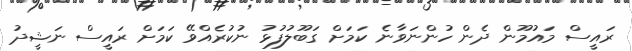
ރައީސް މައުމޫން ދެން ހުންނަވާނެ ކަމަށް ގަބޫލުފުޅު ނުކުރެއްވޭ ކަމަށް ރައީސް ނަޝީދު